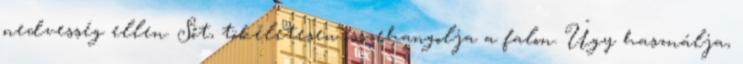
nedvesség ellen. Sőt, tökéletesen összehangolja a falon. Úgy használja,